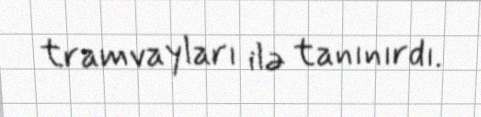
tramvayları ilə tanınırdı.